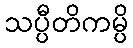
သပ္ပီတိကမ္ပိ